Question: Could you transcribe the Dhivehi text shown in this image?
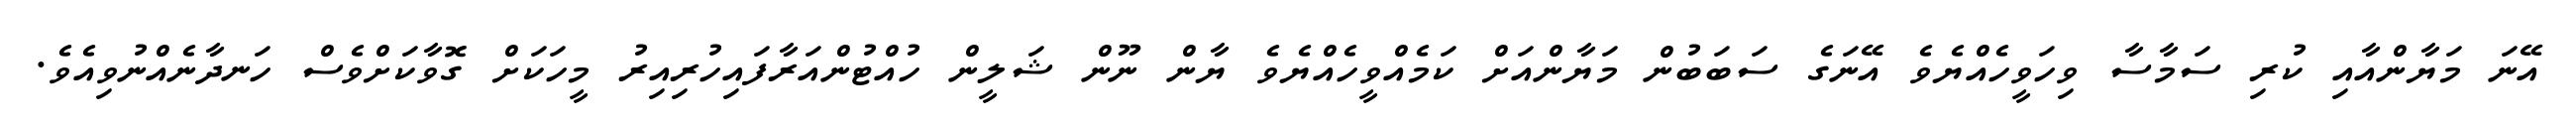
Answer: އޭނަ މަޔާންއާއި ކުރި ސަމާސާ ވިހަވީހެއްޔެވެ އޭނަގެ ސަބަބުން މަޔާންއަށް ކަމެއްވީހެއްޔެވެ ޔާން ނޫން ޝަލީން ހުއްޓުންއަރާފައިހުރިއިރު މީހަކަށް ގޮވާކަށްވެސް ހަނދާނެއްނުވިއެވެ.